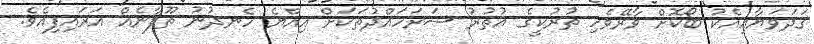
ގަދަވަޔާއިއެކު ބޯކޮށް ވާރޭވެހި ތުރުކީގެ އުތުރު ސަރަހައްދުތަކަށް އިއްޔެ ހެނދުނު ތޫފާނެއް އަރައިފިއެވެ.